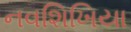
નવશિખિયા